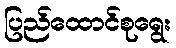
ပြည်ထောင်စုရွေး